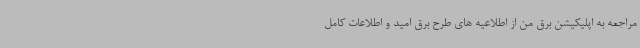
مراجعه به اپلیکیشن برق من از اطلاعیه های طرح برق امید و اطلاعات کامل